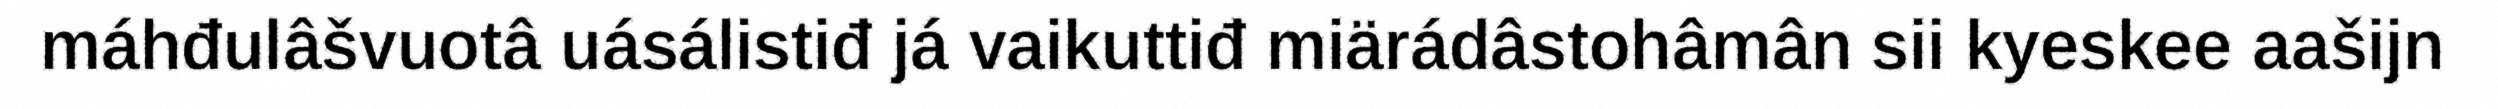
máhđulâšvuotâ uásálistiđ já vaikuttiđ miärádâstohâmân sii kyeskee aašijn